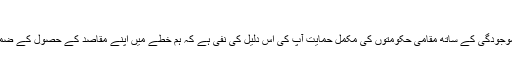
​
نيٹو افواج کی افغانستان ميں موجودگی کے ساتھ مقامی حکومتوں کی مکمل حمايت آّپ کی اس دليل کی نفی ہے کہ ہم خطے ميں اپنے مقاصد کے حصول کے ضمن ميں حمايت کھو رہے ہيں۔